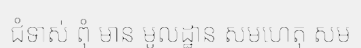
ជំទាស់ ពុំ មាន មូលដ្ឋាន សមហេតុ សម